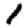
Digit: 1